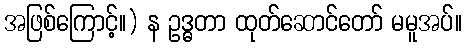
အဖြစ်ကြောင့်။) န ဥဒ္ဓတာ ထုတ်ဆောင်တော် မမူအပ်။